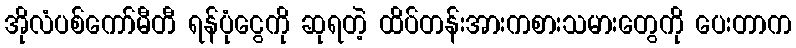
အိုလံပစ်ကော်မီတီ ရန်ပုံငွေကို ဆုရတဲ့ ထိပ်တန်းအားကစားသမားတွေကို ပေးတာက